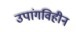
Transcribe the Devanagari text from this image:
उपांगविहीन